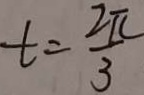
t = \frac { 2 \pi } { 3 }